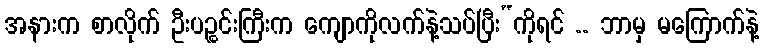
အနားက စာလိုက် ဦးပဉ္စင်းကြီးက ကျောကိုလက်နဲ့သပ်ပြီး“ကိုရင် .. ဘာမှ မကြောက်နဲ့